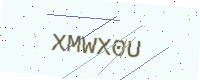
Text: XMWX0U